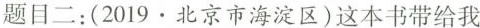
题目二：(2019 · 北京市海淀区)这本书带给我